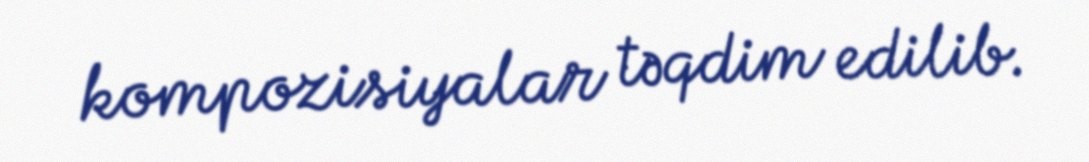
kompozisiyalar təqdim edilib.